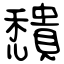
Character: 穨